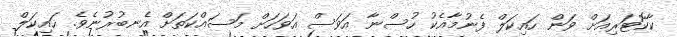
ކާކޮޓަރިއަށް ވަން ހައިކަލް ފެނުމާއެކު ހުސްނާ އަވަސް އަވަހަށް މަސައްކަތަށް އެނބުރުނެވެ. ހައިކަލް